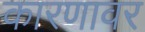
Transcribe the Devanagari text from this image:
कारणावर